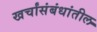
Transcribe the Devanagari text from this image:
खर्चांसंबंधांतील